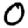
Digit: 0